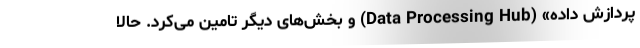
پردازش داده» (Data Processing Hub) و بخش‌های دیگر تامین می‌کرد. حالا